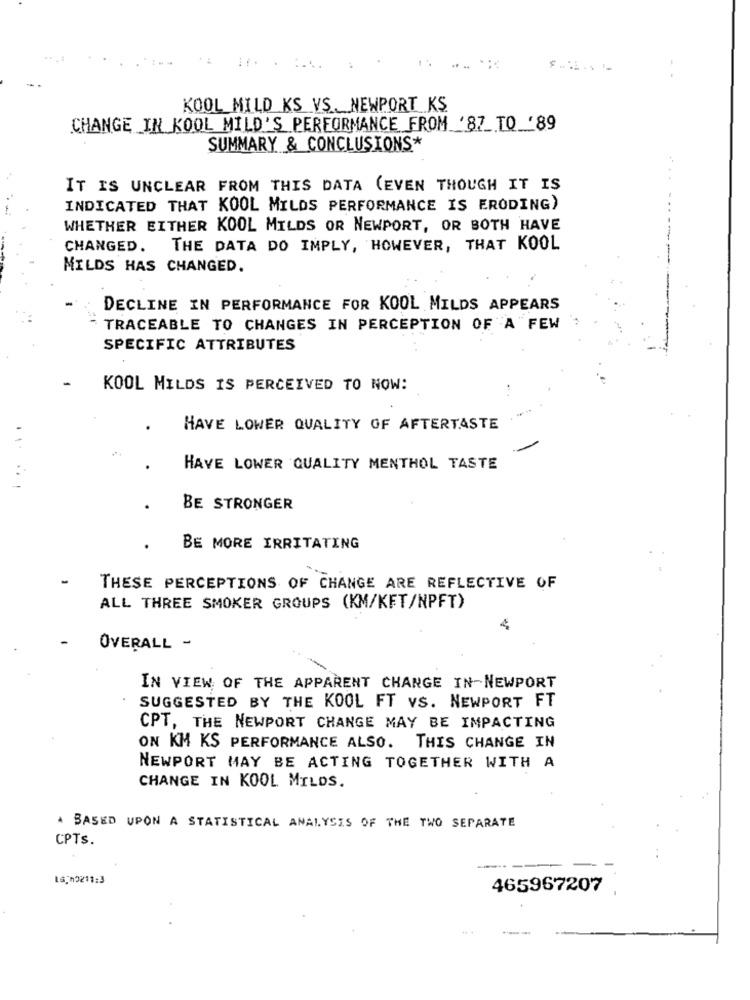
- .
KOOL MILD KS VS. NEWPORT KS
CHANGE IN KOOL MILD'S PERFORMANCE FROM '87_TO '89
SUMMARY & CONCLUSIONS*
IT IS UNCLEAR FROM THIS DATA (EVEN THOUGH IT IS
-
INDICATED THAT KOOL MILDS PERFORMANCE IS ERODING)
WHETHER EITHER KOOL MILDS OR NEWPORT, OR BOTH HAVE
CHANGED.
THE DATA DO IMPLY, HOWEVER, THAT KOOL
MILDS HAS CHANGED.
DECLINE IN PERFORMANCE FOR KOOL MILDS APPEARS
TRACEABLE TO CHANGES IN PERCEPTION OF A FEW
SPECIFIC ATTRIBUTES
KOOL MILDS IS PERCEIVED TO NOW:
HAVE LOWER QUALITY OF AFTERTASTE
HAVE LOWER QUALITY MENTHOL TASTE
.
BE STRONGER
.
BE MORE IRRITATING
THESE PERCEPTIONS OF CHANGE ARE REFLECTIVE OF
ALL THREE SMOKER GROUPS (KM/KET/NPFT)
OVERALL -
IN VIEW OF THE APPARENT CHANGE IN NEWPORT
SUGGESTED BY THE KOOL FT VS. NEWPORT FT
CPT, THE NEWPORT CHANGE MAY BE IMPACTING
ON KM KS PERFORMANCE ALSO. THIS CHANGE IN
NEWPORT MAY BE ACTING TOGETHER WITH A
CHANGE IN KOOL MILDS.
* BASED UPON A STATISTICAL ANALYSIS OF THE TWO SEPARATE
CPTS.
ISTh2211:3
465967207